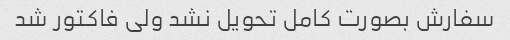
سفارش بصورت کامل تحویل نشد ولی فاکتور شد